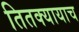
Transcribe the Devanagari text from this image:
तितक्यायाच